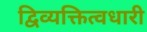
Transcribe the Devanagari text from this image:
द्विव्यक्तित्वधारी